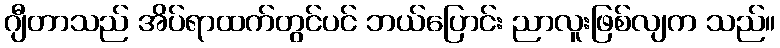
ဂျီတာသည် အိပ်ရာထက်တွင်ပင် ဘယ်ပြောင်း ညာလူးဖြစ်လျက သည်။